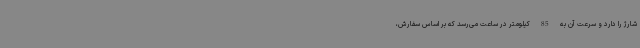
شارژ را دارد و سرعت آن به 85 کیلومتر در ساعت می‌رسد که بر اساس سفارش،